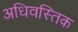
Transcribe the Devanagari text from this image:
अधिवस्तिक